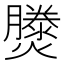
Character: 𤑘